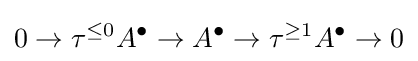
0\to \tau ^{\leq 0}A^{\bullet }\to A^{\bullet }\to \tau ^{\geq 1}A^{\bullet }\to 0